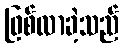
ဖြစ်လာခဲ့သည်